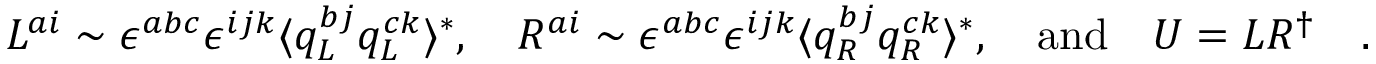
L ^ { a i } \sim \epsilon ^ { a b c } \epsilon ^ { i j k } \langle q _ { L } ^ { b j } q _ { L } ^ { c k } \rangle ^ { * } , \quad R ^ { a i } \sim \epsilon ^ { a b c } \epsilon ^ { i j k } \langle q _ { R } ^ { b j } q _ { R } ^ { c k } \rangle ^ { * } , \quad \mathrm { a n d } \quad U = L R ^ { \dag } \quad .